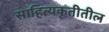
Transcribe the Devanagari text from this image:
साहित्यकृतीतील